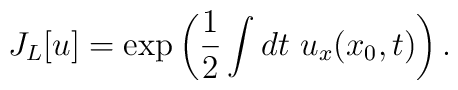
J_L[u]=\exp\left(\frac{1}{2}\int dt~ u_{x}(x_0,t)\right).